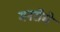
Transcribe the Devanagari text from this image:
मनरोचे